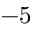
- 5